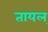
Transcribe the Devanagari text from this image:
तायल्